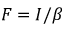
F = I / \beta